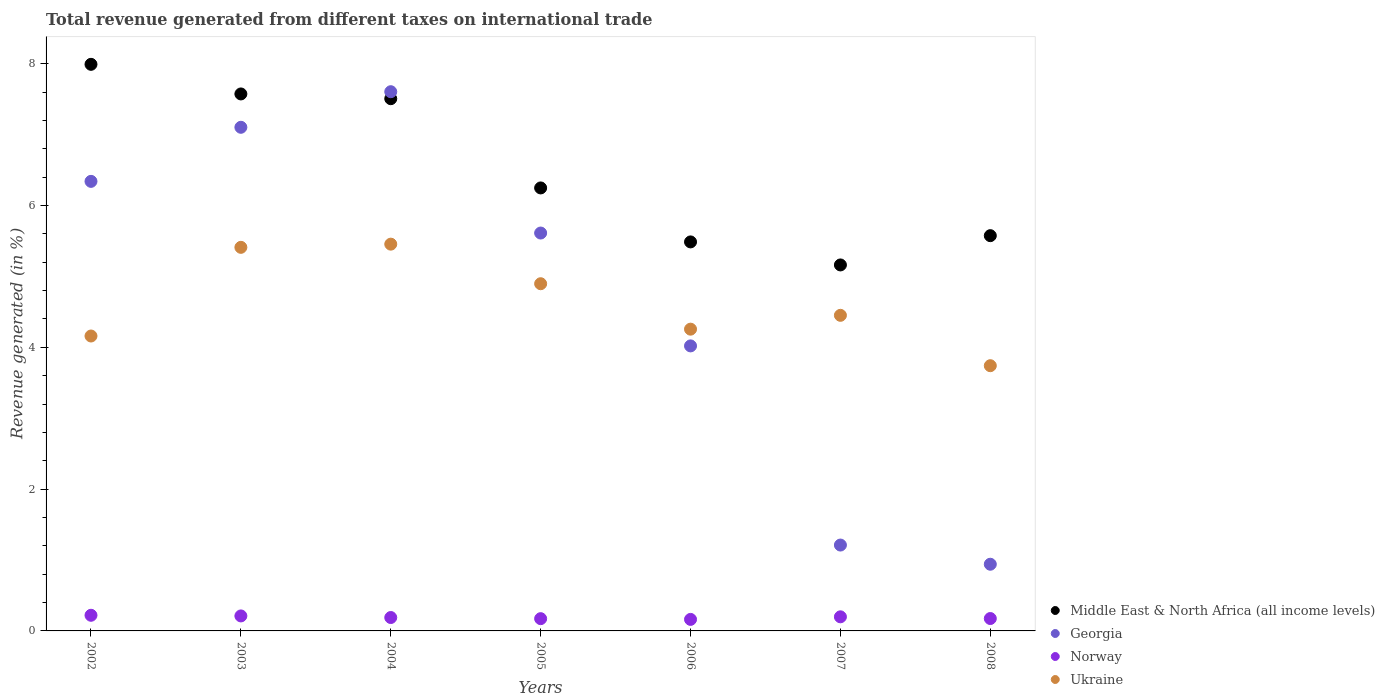
| Years | Middle East & North Africa (all income levels) | Georgia | Norway | Ukraine |
 | --- | --- | --- | --- | --- |
 | 2002 | 7.99 | 6.34 | 0.221 | 4.16 |
 | 2003 | 7.57 | 7.1 | 0.211 | 5.41 |
 | 2004 | 7.51 | 7.61 | 0.189 | 5.46 |
 | 2005 | 6.25 | 5.61 | 0.173 | 4.9 |
 | 2006 | 5.49 | 4.02 | 0.163 | 4.26 |
 | 2007 | 5.16 | 1.21 | 0.199 | 4.45 |
 | 2008 | 5.58 | 0.941 | 0.175 | 3.74 |